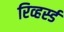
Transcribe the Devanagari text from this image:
रिव्हर्स्ड